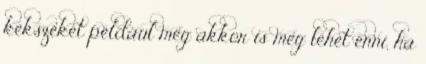
kekszeket például még akkor is meg lehet enni, ha